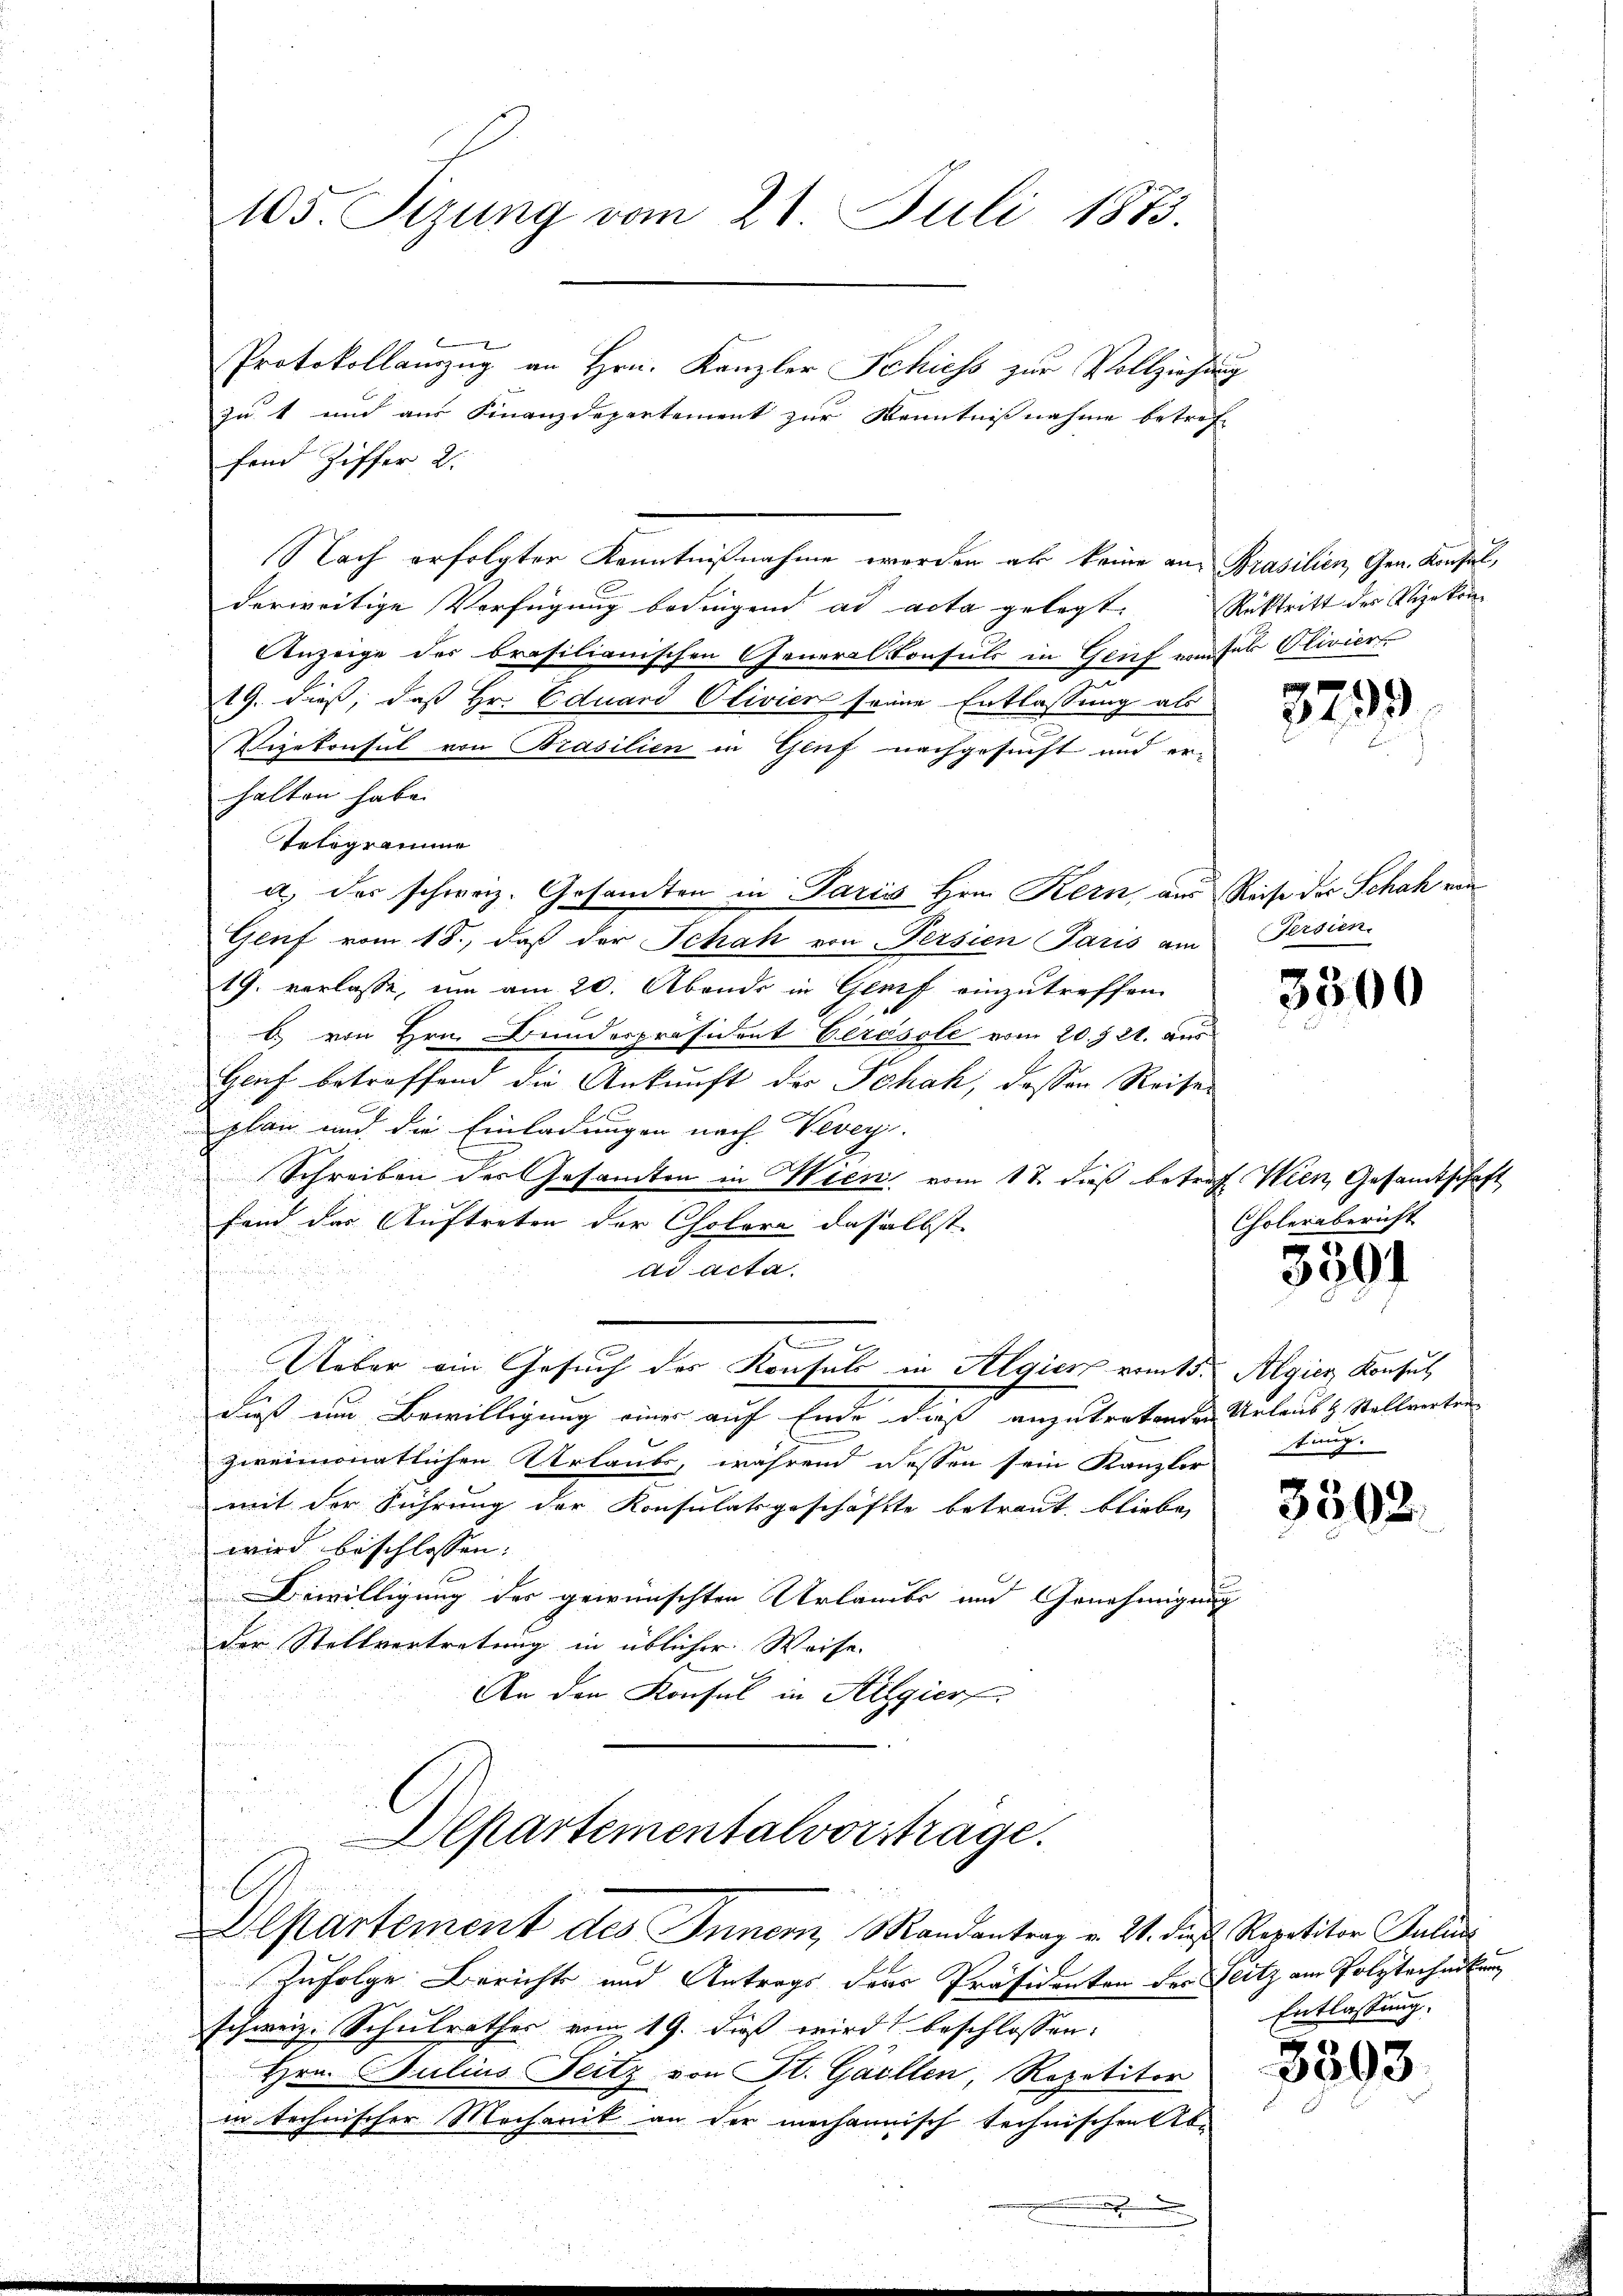
Protokollamzug an Hrn. Kanzler Schiess zur Vollziehung
zu 1 und aus Finanzdepartement zur Kenntnißnahme betref
fend Ziffer 2.
Nach erfolgter Kenntnißnahme werden als keine an Prasilien, Gen. Konsul,
derweitige Verfügung bedingend ad acta gelegt. Rücktritt des Vizekon-
Anzeige des brasilianischen Generalkonsuls in Genf vnser Oliviert
19. dieß, daß Hr. Eduard Olivier seine Entlassung als
Vizekonsul von Brasilien in Genf nachgesucht und er-
halten habe.
Telegramme
a.) der schweiz. Gesandten in Paris Hrn. Kern, aus Reise der Schah von
Genf vom 18., daß der Schah von Persien Paris am Persien.
19. verlasse, um am 20. Abends in Genf einzutreffen
b. von Hrn. Bunderpräsident Cerésole vom 20. § 21. aus
Gluf betreffend die Ankunft der Schah, dessen Reises
plan und die Einladungen nach Vevey.
Schreiben des Gesamten in Wien vom 17. dieß betreff Wien Gesandtschaft
.
fand das Auftreten der Cholera daselbst.
ad acta.
J
.
Ueber ein Gesuch des Konsuls in Algier vom 15. Algien Konsul
2
dieß um Bewilligung einer auf Ende daß anzutretenden Urlaub & Stellvertra
zweimonatlichen Urlaube, während dessen sein Kanzler
mit der Führung der Konsulatsgeschäfte betraut bliebe,
wird beschlossen. |
i
Bewilligung des gewünschten Urlaubs und Genehmigung

i

.
der Stellvertretung in üblicher Weise.
.

An den Konsul in Helgier
Departementalvorsträge.
Alpartement des Inner, Mandantrag v. 21. die Repetitor Julius
Zufolge Bericht und Antrags der Präsidenten der Flitz am Polytechankung
schweiz. Schulrathes vom 19. daß wird beschlossen:
Hrn. Julius Feitz von St. Gallen, Repetitor
in technischer Mechanik an der mechannisch technischen be

.

105. Sizung vom 21. Juli 1873.

3299

3300

Cholerabericht
3501

tung.

3502.

Entlassung.

3503